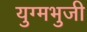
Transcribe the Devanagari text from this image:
युग्मभुजी